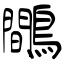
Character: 鷼